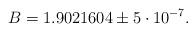
LaTeX: \begin{align*}B = 1.9021604\pm 5 \cdot 10^{-7}.\end{align*}